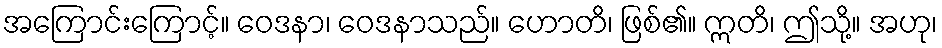
အကြောင်းကြောင့်။ ဝေဒနာ၊ ဝေဒနာသည်။ ဟောတိ၊ ဖြစ်၏။ ဣတိ၊ ဤသို့။ အဟု၊